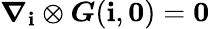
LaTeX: \boldsymbol{\nabla}_{\boldsymbol{\mathbf{i}}}\otimes\boldsymbol{G}({\boldsymbol{\mathbf{i}}},\boldsymbol{0})=\boldsymbol{0}